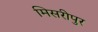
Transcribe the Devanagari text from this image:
मिसरीपुर